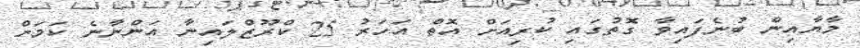
މާޔާއިން ބުނެފައިވާ ގޮތުގައި ކުރިއަށް އޮތް އަހަރު 25 ކްރޫޒްލައިނާ އަންނާނެ ކަމަށް